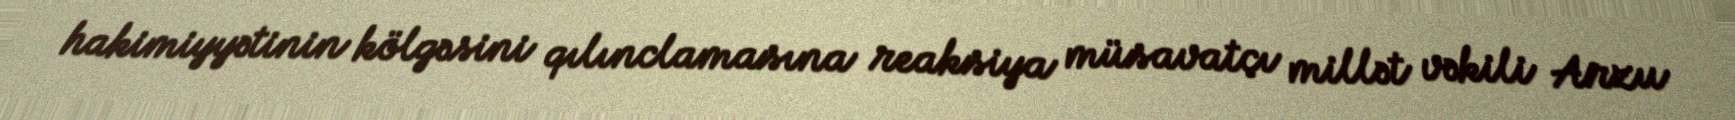
hakimiyyətinin kölgəsini qılınclamasına reaksiya müsavatçı millət vəkili Arzu